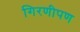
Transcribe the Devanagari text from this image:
गिरणीपण